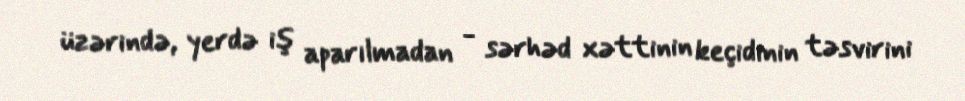
üzərində, yerdə iş aparılmadan - sərhəd xəttinin keçidinin təsvirini